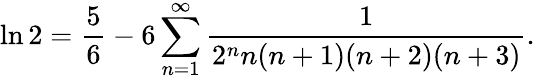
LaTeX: \ln 2={\frac{5}{6}}-6\sum_{n=1}^{\infty}{\frac{1}{2^{n}n(n+1)(n+2)(n+3)}}.